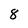
Character: 8